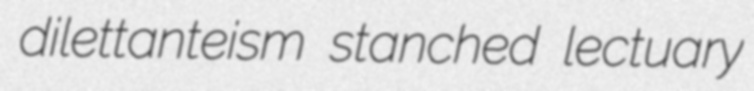
dilettanteism stanched lectuary